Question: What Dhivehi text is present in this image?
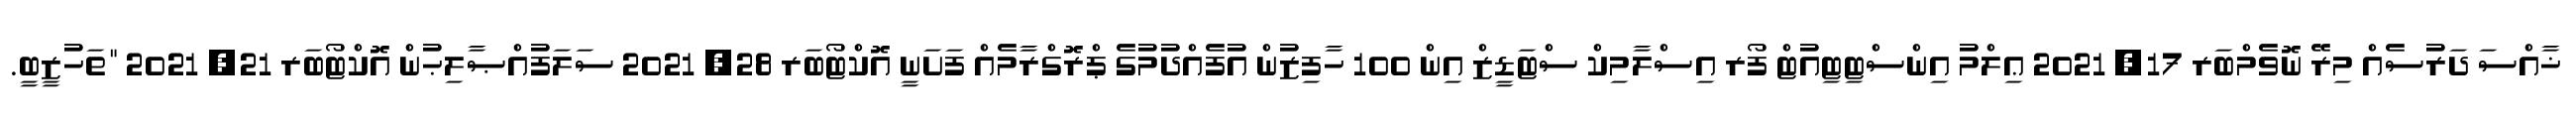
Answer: ޚާއްސަ ދަރުސެއް މިރޭ ނޮވެމްބަރ 17, 2021 ޢިލްމު އިންސްޓިޓިއުޓް ފޯރ އިސްލާމިކް ސްޓަޑީޒް އިން 100 ހާފިޒުން އުފެއްދުމުގެ ޕްރޮގްރާމެއް ފަށަނީ އޮކްޓޯބަރ 28, 2021 ސަލަފުއްޞާލިޙުން އޮކްޓޯބަރ 21, 2021 "ތަހުޒީބީ.